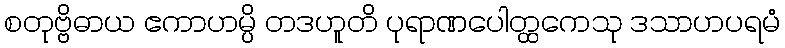
စတုဗ္ဗိဓာယ ဧကာဟမ္ပိ တဒဟူတိ ပုရာဏပေါတ္ထကေသု ဒသာဟပရမံ